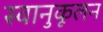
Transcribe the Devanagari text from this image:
स्वानुकूलन